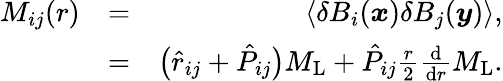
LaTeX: \begin{array}{rlr}{M_{ij}(r)}&{=}&{\langle\delta B_{i}(\boldsymbol{x})\delta B_{j}(\boldsymbol{y})\rangle,}\\ &{=}&{\bigl(\hat{r}_{ij}+\hat{P}_{ij}\bigl)M_{\mathrm{L}}+\hat{P}_{ij}\frac{r}{2}\frac{\mathrm{d}}{\mathrm{d}r}M_{\mathrm{L}}.}\end{array}